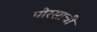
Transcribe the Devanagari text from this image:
पोरसाची